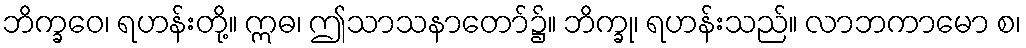
ဘိက္ခဝေ၊ ရဟန်းတို့။ ဣဓ၊ ဤသာသနာတော်၌။ ဘိက္ခု၊ ရဟန်းသည်။ လာဘကာမော စ၊